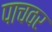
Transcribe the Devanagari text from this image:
पाचवर